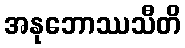
အနုဘောဿသီတိ